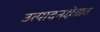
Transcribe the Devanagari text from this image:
उत्पादनक्षेत्रात